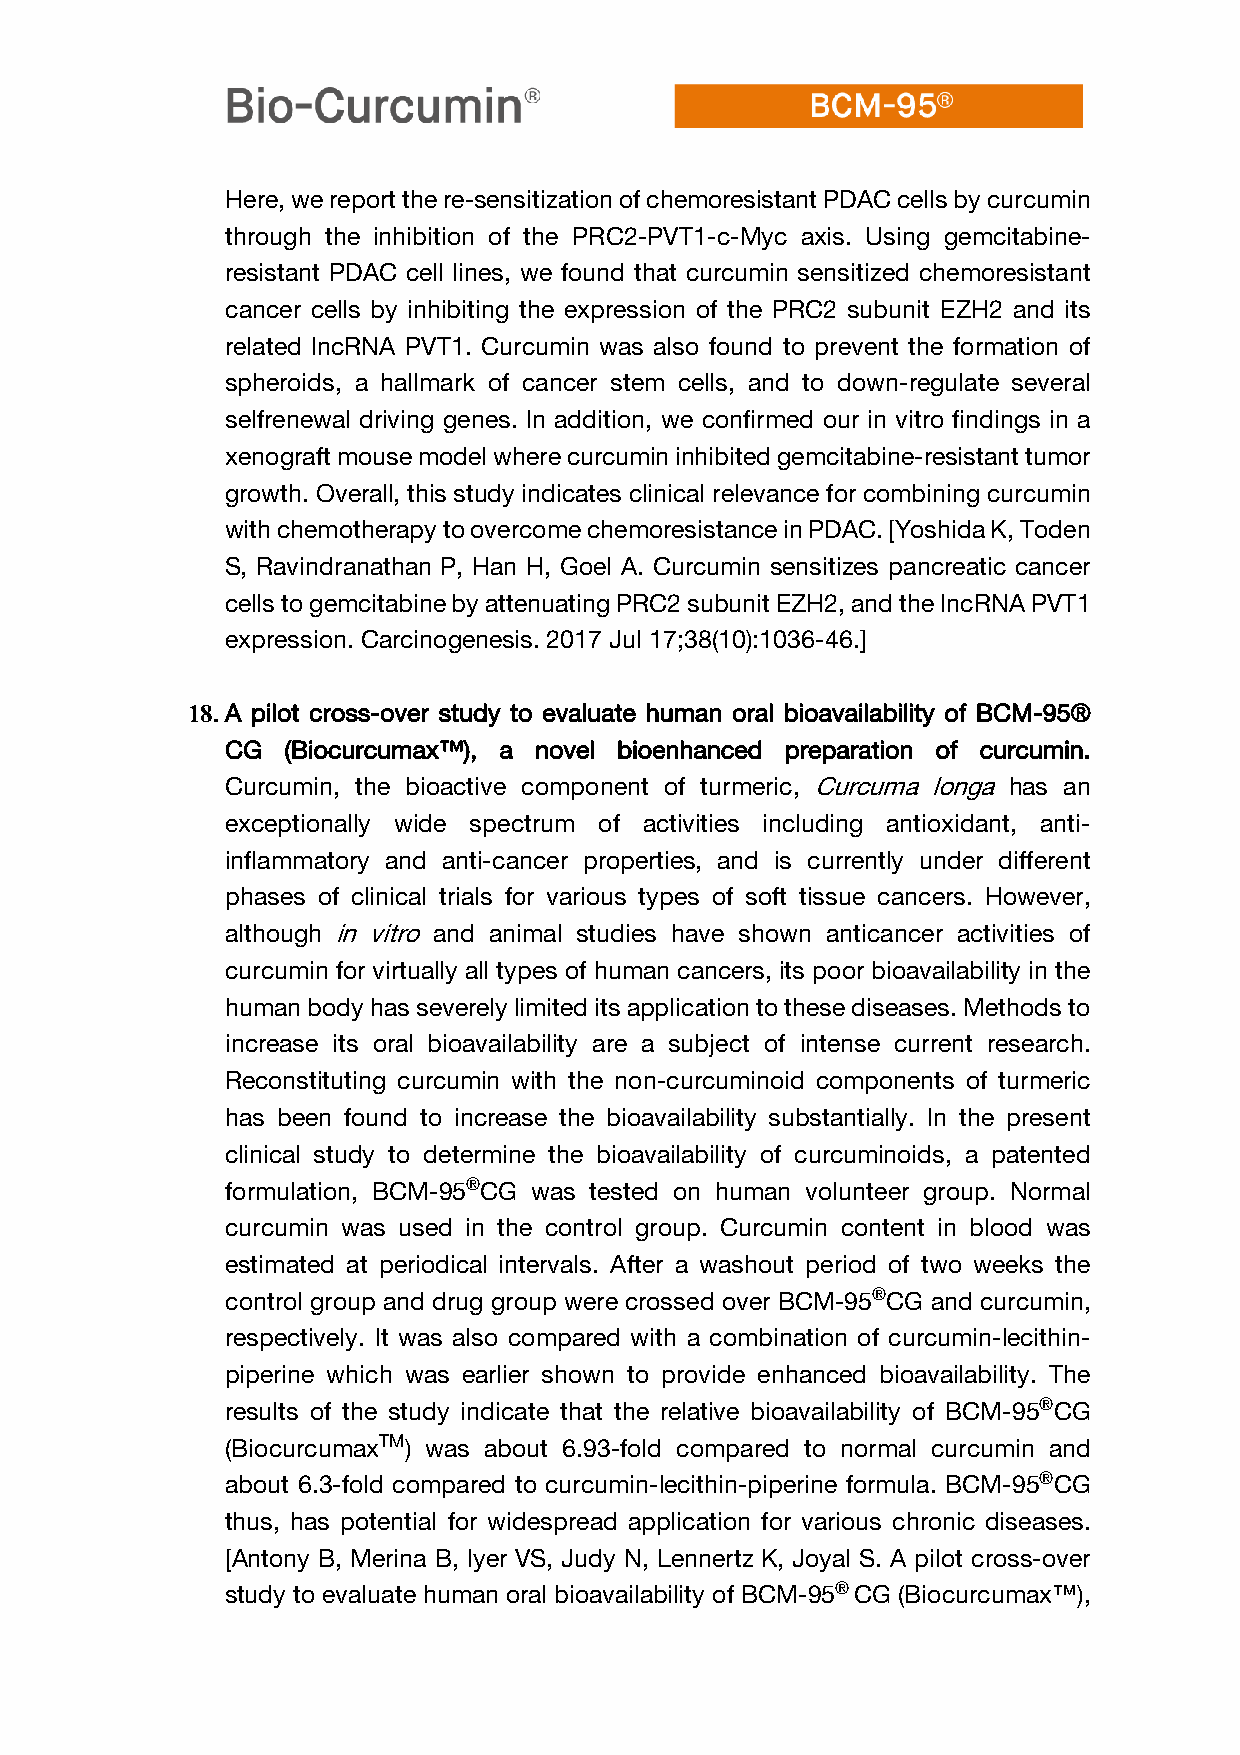
Here, we report the re-sensitization of chemoresistant PDAC cells by curcumin
 through the inhibition of the PRC2-PVT1-c-Myc axis. Using gemcitabine-
 resistant PDAC cell lines, we found that curcumin sensitized chemoresistant
 cancer cells by inhibiting the expression of the PRC2 subunit EZH2 and its
 related lncRNA PVT1. Curcumin was also found to prevent the formation of
 spheroids, a hallmark of cancer stem cells, and to down-regulate several
 selfrenewal driving genes. In addition, we confirmed our in vitro findings in a
 xenograft mouse model where curcumin inhibited gemcitabine-resistant tumor
 growth. Overall, this study indicates clinical relevance for combining curcumin
 with chemotherapy to overcome chemoresistance in PDAC. [Yoshida K, Toden
 S, Ravindranathan P, Han H, Goel A. Curcumin sensitizes pancreatic cancer
 cells to gemcitabine by attenuating PRC2 subunit EZH2, and the lncRNA PVT1
 expression. Carcinogenesis. 2017 Jul 17;38(10):1036-46.]
 18. A pilot cross-over study to evaluate human oral bioavailability of BCM-95®
 CG  (Biocurcumax™), a novel bioenhanced preparation of curcumin.
 Curcumin, the bioactive component of turmeric, Curcuma longa has an
 exceptionally wide spectrum of activities including antioxidant, anti-
 inflammatory and anti-cancer properties, and is currently under different
 phases of clinical trials for various types of soft tissue cancers. However,
 although in vitro and animal studies have shown anticancer activities of
 curcumin for virtually all types of human cancers, its poor bioavailability in the
 human body has severely limited its application to these diseases. Methods to
 increase its oral bioavailability are a subject of intense current research.
 Reconstituting curcumin with the non-curcuminoid components of turmeric
 has been found to increase the bioavailability substantially. In the present
 clinical study to determine the bioavailability of curcuminoids, a patented
 formulation, BCM-95®CG was tested on human volunteer group. Normal
 curcumin was used in the control group. Curcumin content in blood was
 estimated at periodical intervals. After a washout period of two weeks the
 control group and drug group were crossed over BCM-95®CG and curcumin,
 respectively. It was also compared with a combination of curcumin-lecithin-
 piperine which was earlier shown to provide enhanced bioavailability. The
 results of the study indicate that the relative bioavailability of BCM-95®CG
 (BiocurcumaxTM) was about 6.93-fold compared to normal curcumin and
 about 6.3-fold compared to curcumin-lecithin-piperine formula. BCM-95®CG
 thus, has potential for widespread application for various chronic diseases.
 [Antony B, Merina B, Iyer VS, Judy N, Lennertz K, Joyal S. A pilot cross-over
 study to evaluate human oral bioavailability of BCM-95® CG (Biocurcumax™),